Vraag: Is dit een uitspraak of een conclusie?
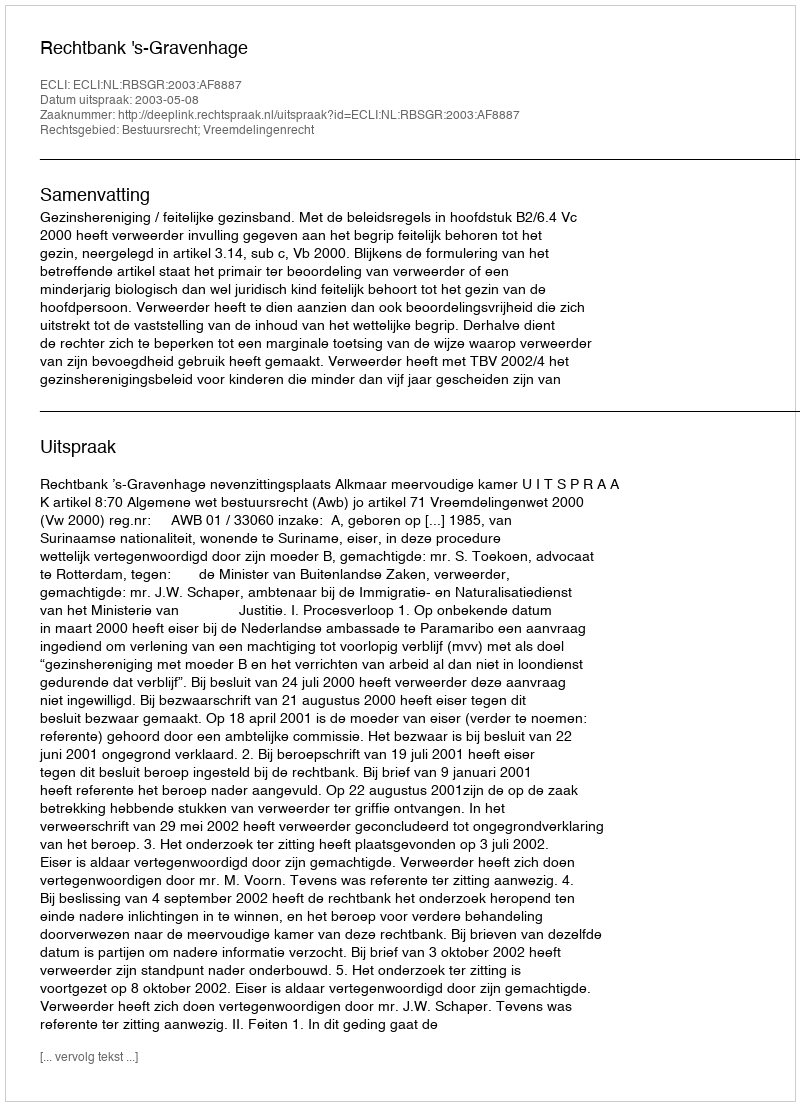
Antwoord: Uitspraak